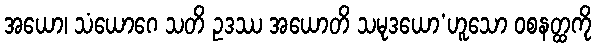
အယော၊ သံယောဂေ သတိ ဥဒဿ အယောတိ သမုဒယော’ဟူသော ဝစနတ္ထကို